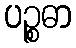
ပဉ္စဓာ